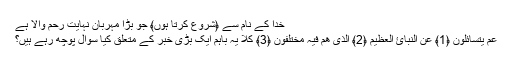
خدا کے نام سے ﴿شروع کرتا ہوں﴾ جو بڑا مہربان نہایت رحم والا ہے
عَمَّ یَتَسَائَلُونَ ﴿1﴾ عَنِ النَّبَائِ الْعَظِیمِ ﴿2﴾ الَّذِی ھُمْ فِیہِ مُخْتَلِفُونَ ﴿3﴾ کَلاَّ یہ باہم ایک بڑی خبر کے متعلق کیا سوال پوچھ رہے ہیں؟